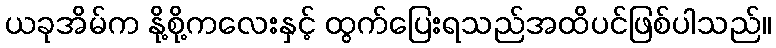
ယခုအိမ်က နို့စို့ကလေးနှင့် ထွက်ပြေးရသည်အထိပင်ဖြစ်ပါသည်။